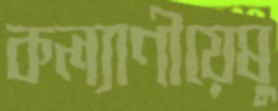
কল্যাণীয়েষু